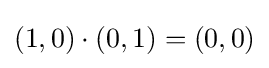
(1,0)\cdot (0,1)=(0,0)